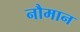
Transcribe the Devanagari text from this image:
नौमान